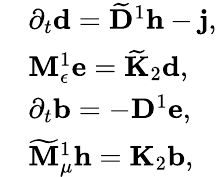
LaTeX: \begin{array}{rl}&{\partial_{t}\mathbf{d}=\widetilde{\mathbf{D}}^{1}\mathbf{h}-\mathbf{j},}\\ &{{\mathbf M}_{\epsilon}^{1}\mathbf{e}=\widetilde{\mathbf K}_{2}\mathbf{d},}\\ &{\partial_{t}\mathbf{b}=-\mathbf{D}^{1}\mathbf{e},}\\ &{\widetilde{{\mathbf M}}_{\mu}^{1}\mathbf{h}=\mathbf{K}_{2}\mathbf{b},}\end{array}